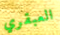
العبقري